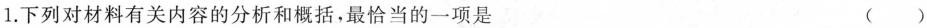
1.下列对材料有关内容的分析和概括，最恰当的一项是 ()